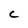
Character: C